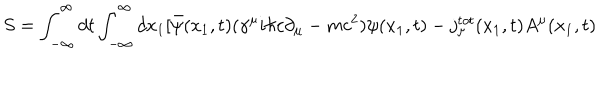
S = \int _ { - \infty } ^ { \infty } d t \int _ { - \infty } ^ { \infty } d x _ { 1 } [ \bar { \psi } ( x _ { 1 } , t ) ( { \gamma } ^ { \mu } i { \hbar } c { \partial } _ { \mu } - m c ^ { 2 } ) { \psi } ( x _ { 1 } , t ) - j _ { \mu } ^ { t o t } ( x _ { 1 } , t ) A ^ { \mu } ( x _ { 1 } , t )